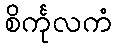
စိင်္ကုလကံ